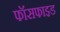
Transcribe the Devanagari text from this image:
फॉसफाइड